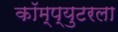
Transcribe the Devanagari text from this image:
कॉम्प्युटरला